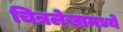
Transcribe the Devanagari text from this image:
चित्रलेखामध्ये